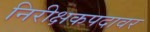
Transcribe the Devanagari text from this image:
निरीक्षकपदावर